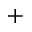
^ +